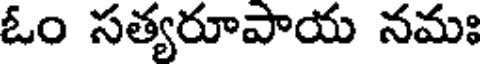
ఓం సత్యరూపాయ నమః